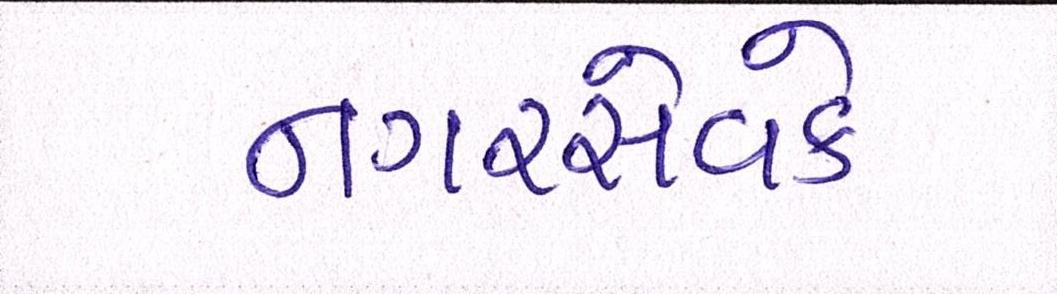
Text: નગરસેવકે